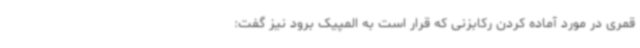
قمری در مورد آماده کردن رکابزنی که قرار است به المپیک برود نیز گفت: